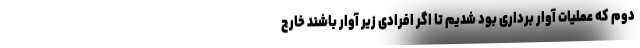
دوم که عملیات آوار برداری بود شدیم تا اگر افرادی زیر آوار باشند خارج